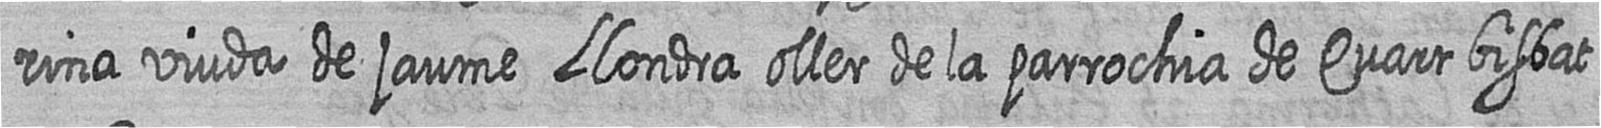
rina viuda de jaume Llondra oller de la parrochia de Quart bisbat